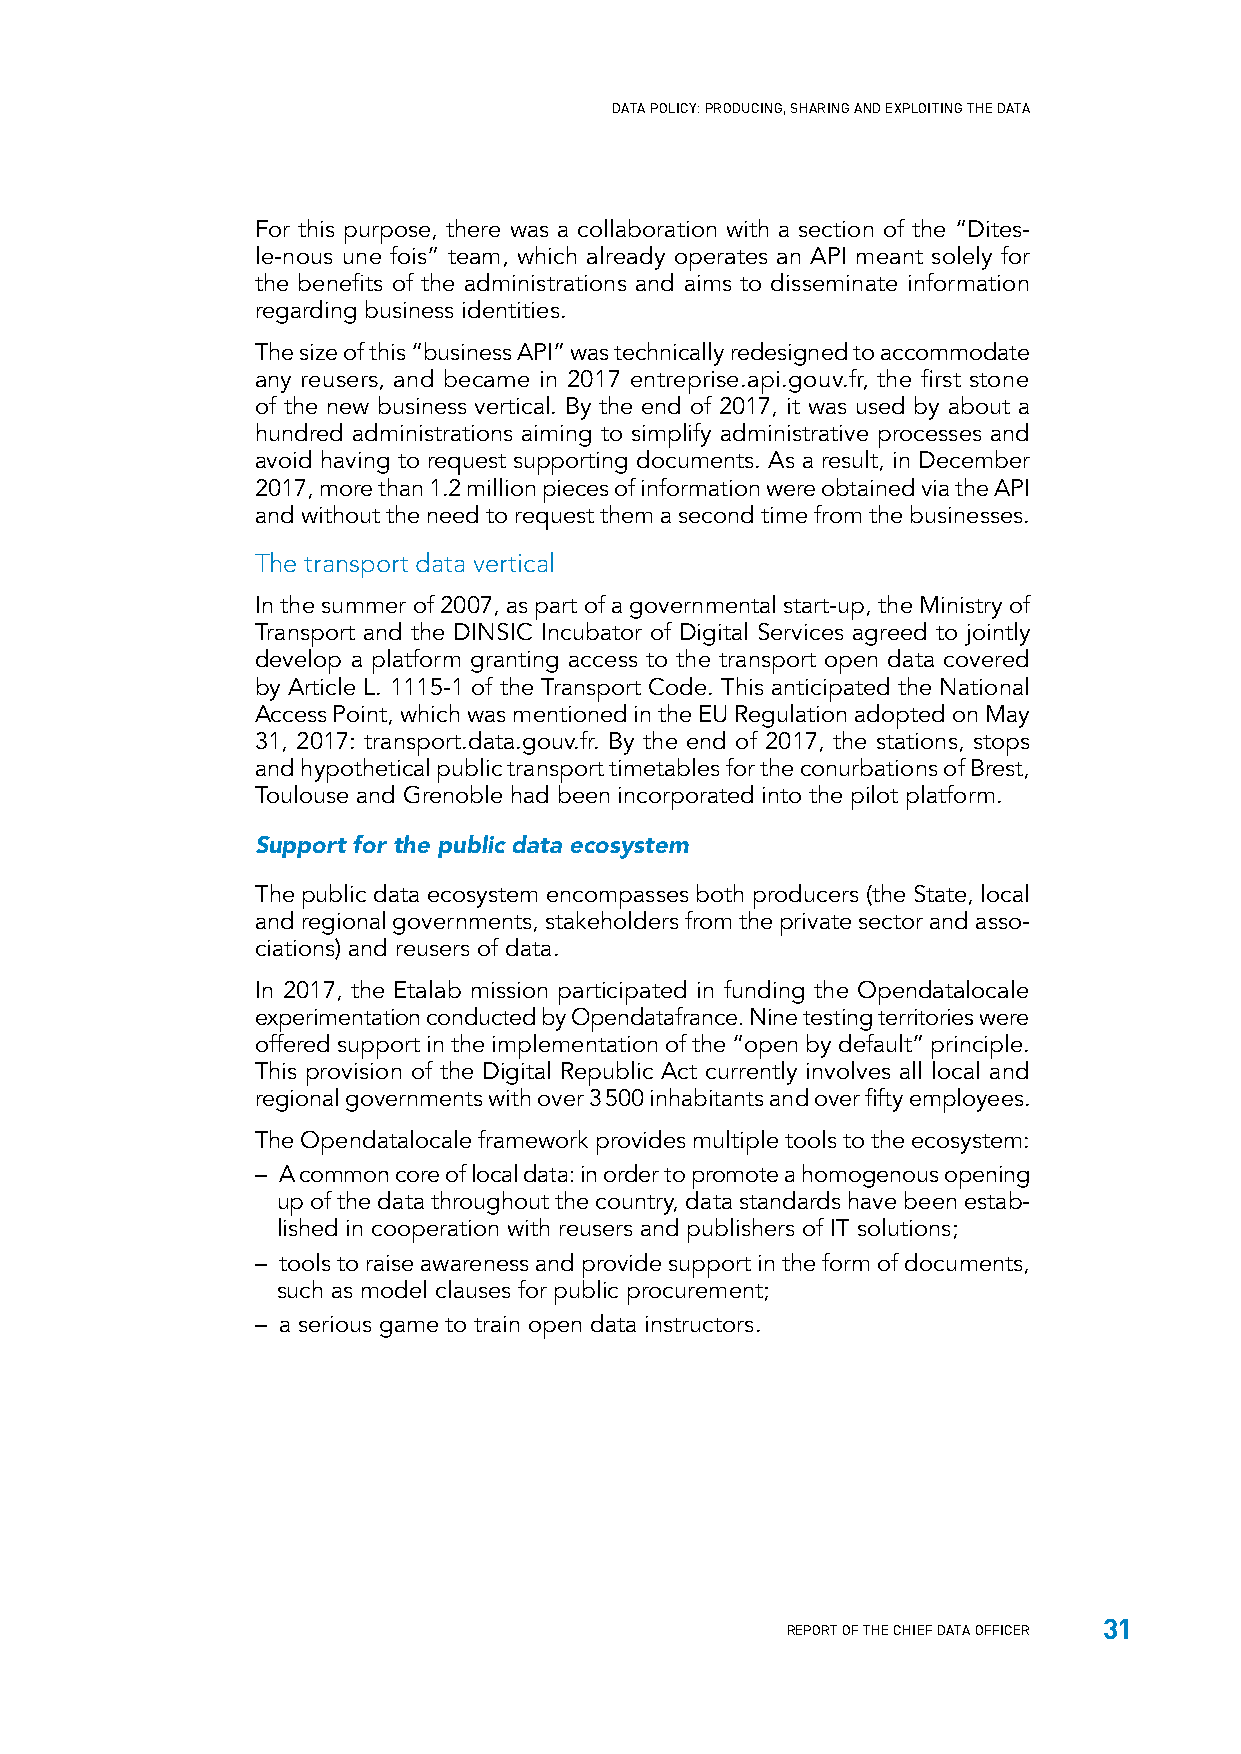
DATA POLICY: PRODUCING, SHARING AND EXPLOITING THE DATA
 For this purpose, there was a collaboration with a section of the “Dites-
 le-nous une fois” team, which already operates an API meant solely for
 the benefits of the administrations and aims to disseminate information
 regarding business identities.
 The size of this “business API” was technically redesigned to accommodate
 any reusers, and became in 2017 entreprise.api.gouv.fr, the first stone
 of the new business vertical. By the end of 2017, it was used by about a
 hundred administrations aiming to simplify administrative processes and
 avoid having to request supporting documents. As a result, in December
 2017, more than 1.2 million pieces of information were obtained via the API
 and without the need to request them a second time from the businesses.
 The transport data vertical
 In the summer of 2007, as part of a governmental start-up, the Ministry of
 Transport and the DINSIC Incubator of Digital Services agreed to jointly
 develop a platform granting access to the transport open data covered
 by Article L. 1115-1 of the Transport Code. This anticipated the National
 Access Point, which was mentioned in the EU Regulation adopted on May
 31, 2017: transport.data.gouv.fr. By the end of 2017, the stations, stops
 and hypothetical public transport timetables for the conurbations of Brest,
 Toulouse and Grenoble had been incorporated into the pilot platform.
 Support for the public data ecosystem
 The public data ecosystem encompasses both producers (the State, local
 and regional governments, stakeholders from the private sector and asso-
 ciations) and reusers of data.
 In 2017, the Etalab mission participated in funding the Opendatalocale
 experimentation conducted by Opendatafrance. Nine testing territories were
 offered support in the implementation of the “open by default” principle.
 This provision of the Digital Republic Act currently involves all local and
 regional governments with over 3 500 inhabitants and over fifty employees.
 The Opendatalocale framework provides multiple tools to the ecosystem:
 – A common core of local data: in order to promote a homogenous opening
 up of the data throughout the country, data standards have been estab-
 lished in cooperation with reusers and publishers of IT solutions;
 – tools to raise awareness and provide support in the form of documents,
 such as model clauses for public procurement;
 – a serious game to train open data instructors.
 31
 REPORT OF THE CHIEF DATA OFFICER